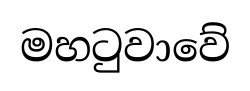
මහටුවාවේ